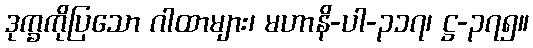
ဒုက္ခကိုပြသော ဂါထာများ၊ မဟာနိ-ပါ-၃၁၇၊ ဋ္ဌ-၃၇၅။